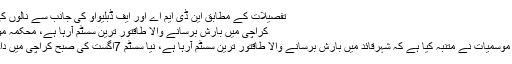
تفصیلات کے مطابق این ڈی ایم اے اور ایف ڈبلیواو کی جانب سے نالوں کی صفائی کا …
کراچی میں بارش برسانے والا طاقتور ترین سسٹم آرہا ہے، محکمہ موسمیات کا انتباہ
کراچی: محکمہ موسمیات نے متنبہ کیا ہے کہ شہرقائد میں بارش برسانے والا طاقتور ترین سسٹم آرہا ہے، نیا سسٹم 7اگست کی صبح کراچی میں داخل ہو جائے گا۔